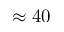
\approx 4 0